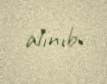
alınıb.